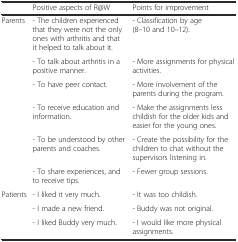
<table><thead><tr><td></td><td><b>Positive aspects of R@W</b></td><td><b>Points for improvement</b></td></tr></thead><tbody><tr><td rowspan="6">Parents</td><td>- The children experienced that they were not the only ones with arthritis and that it helped to talk about it.</td><td>- Classification by age (8–10 and 10–12).</td></tr><tr><td>- To talk about arthritis in a positive manner.</td><td>- More assignments for physical activities.</td></tr><tr><td>- To have peer contact.</td><td>- More involvement of the parents during the program.</td></tr><tr><td>- To receive education and information.</td><td>- Make the assignments less childish for the older kids and easier for the young ones.</td></tr><tr><td>- To be understood by other parents and coaches.</td><td>- Create the possibility for the children to chat without the supervisors listening in.</td></tr><tr><td>- To share experiences, and to receive tips.</td><td>- Fewer group sessions.</td></tr><tr><td rowspan="3">Patients</td><td>- I liked it very much.</td><td>- It was too childish.</td></tr><tr><td>- I made a new friend.</td><td>- Buddy was not original.</td></tr><tr><td>- I liked Buddy very much.</td><td>- I would like more physical assignments.</td></tr></tbody></table>